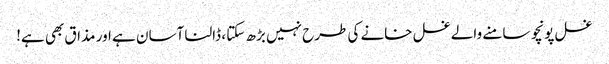
غسل پونچو سامنے والے غسل خانے کی طرح نہیں بڑھ سکتا ، ڈالنا آسان ہے اور مذاق بھی ہے!